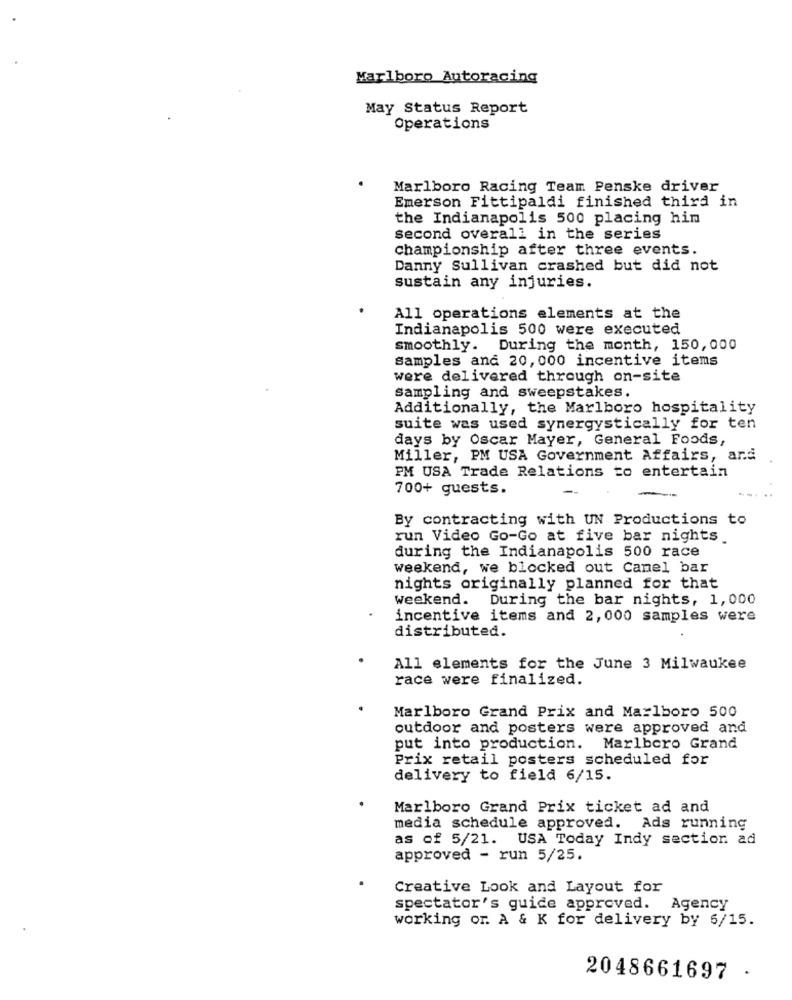
Marlboro Autoracing
May Status Report
Operations
Marlboro Racing Team Penske driver
Emerson Fittipaldi finished third in
the Indianapolis 500 placing hin
second overall in the series
championship after three events.
Danny Sullivan crashed but did not
sustain any injuries.
All operations elements at the
Indianapolis 500 were executed
smoothly.
During the month, 150,000
Samples and 20, 000 incentive items
were delivered through on-site
Sampling and sweepstakes.
Additionally, the Marlboro hospitality
suite was used synergystically for ten
days by Oscar Mayer, General Foods,
Miller, PM USA Government Affairs, and
PM USA Trade Relations to entertain
700+ guests.
By contracting with UN Productions to
run Video Go-Go at five bar nights.
during the Indianapolis 500 race
weekend, we blocked out Camel bar
nights originally planned for that
weekend. During the bar nights, 1,000
incentive items and 2,000 samples were
distributed.
All elements for the June 3 Milwaukee
race were finalized.
Marlboro Grand Prix and Marlboro 500
outdoor and posters were approved and
put into production. Marlboro Grand
Prix retail posters scheduled for
delivery to field 6/15.
Marlboro Grand Prix ticket ad and
media schedule approved. Ads running
as of 5/21. USA Today Indy section ad
approved - run 5/25.
Creative Look and Layout for
spectator's guide approved. Agency
working or. A & K for delivery by 6/15.
2048661697 ·